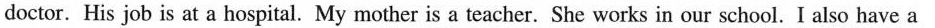
doctor. His job is at a hospital. My mother is a teacher. She works in our school. I also have a